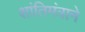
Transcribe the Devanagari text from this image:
शांतिमंत्राने